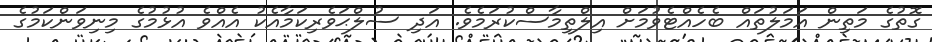
ގޮތުގެ މަތިން އަމަލުތައް ބެހެއްޓެވުމަށް އިލްތިމާސްކުރަމެވެ. އަދި ސުލްޙަވެރިކަމާއެކު އެއްވެ އުޅުމުގެ މިނިވަންކަމުގެ